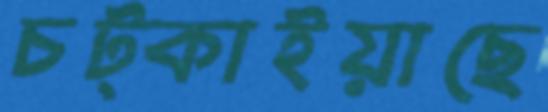
চট্‌কাইয়াছে